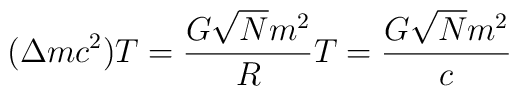
(\Delta mc^2) T = \frac{G\sqrt{N}m^2}{R} T = \frac{G\sqrt{N}m^2}{c}